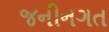
જનીનગત